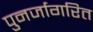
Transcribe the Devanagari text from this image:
पुनर्जागरित